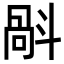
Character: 𣂄